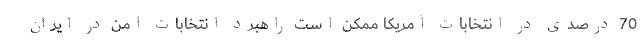
70 درصدی در انتخابات آمریکا ممکن است راهبرد انتخابات امن در ایران